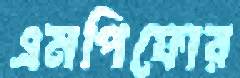
এমপিফোর